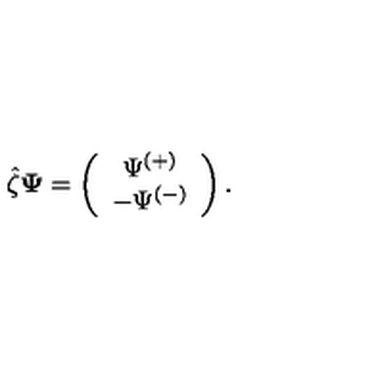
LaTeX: \hat { \zeta } { \bf \Psi } = \left( \begin{array} { c } { \Psi ^ { ( + ) } } \\ { - \Psi ^ { ( - ) } } \\ \end{array} \right) .